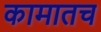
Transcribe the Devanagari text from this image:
कामातच